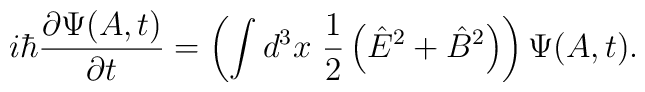
i \hbar {\partial \Psi(A,t) \over \partial t}= \left( \int d^3x  \  {1\over2}\left( {\hat E}^2 + {\hat B}^2 \right) \right) \Psi(A,t).